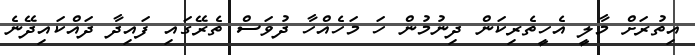
އިތުރަށް މާލީ އެހީތެރިކަން ދިނުމުން ހަ މަހެއްހާ ދުވަސް ތެރޭގައި ފައިދާ ދައްކައިދޭނެ